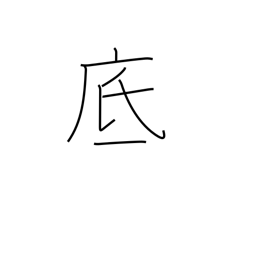
Meaning: bottom